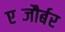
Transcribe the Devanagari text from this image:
एब्जौर्बर